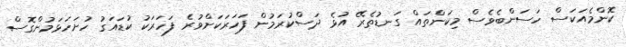
ކޮންމެއަކަސް ހަސަންބެވެސް މިކަންތައް ގަނޑުތެރޭ އުޅެ ދަސްކުރަމުން ފަހަރަކަށްވުރެ ފަހަރަކު ކުޑައަގު ހުށަހަޅަމުންގޮސް